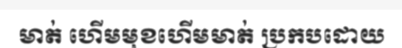
មាត់ ហើមមុខហើមមាត់ ប្រកបដោយ